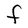
Character: F